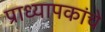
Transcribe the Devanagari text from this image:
प्राध्यापकांचे